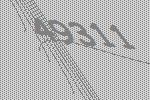
49311